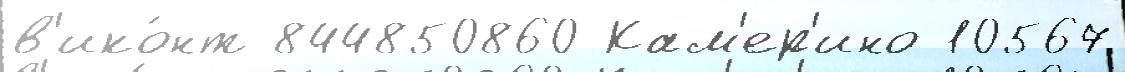
в'ико́нт 844850860 Кам'ер'ино 10567